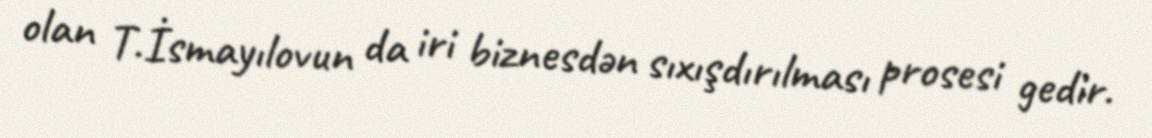
olan T.İsmayılovun da iri biznesdən sıxışdırılması prosesi gedir.